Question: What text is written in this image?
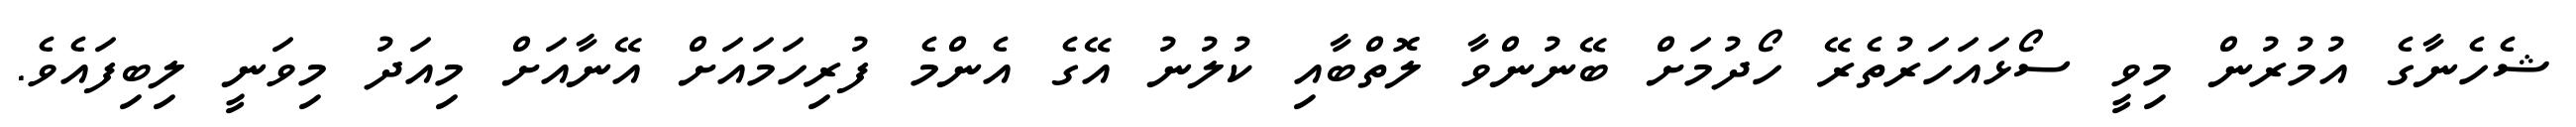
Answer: ޝެހެނާގެ އުމުރުން މިވީ ސޯޅައަހަރުތެރޭ ހޯދުމަށް ބޭނުންވާ ލޮތްބާއި ކުލުނު އޭގެ އެންމެ ފުރިހަމައަށް އޭނާއަށް މިއަދު މިވަނީ ލިބިފައެވެ.